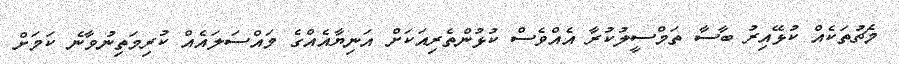
މެޗުތަކެއް ކުޅޭއިރު ބާސާ ތަމްސީލުކުރާ އެއްވެސް ކުޅުންތެރިއަކަށް އަނިޔާއެއްގެ މައްސަލައެއް ކުރިމަތިނުވާނެ ކަމަށް